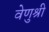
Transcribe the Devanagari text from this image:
वेणुश्री